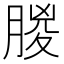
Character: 䶽